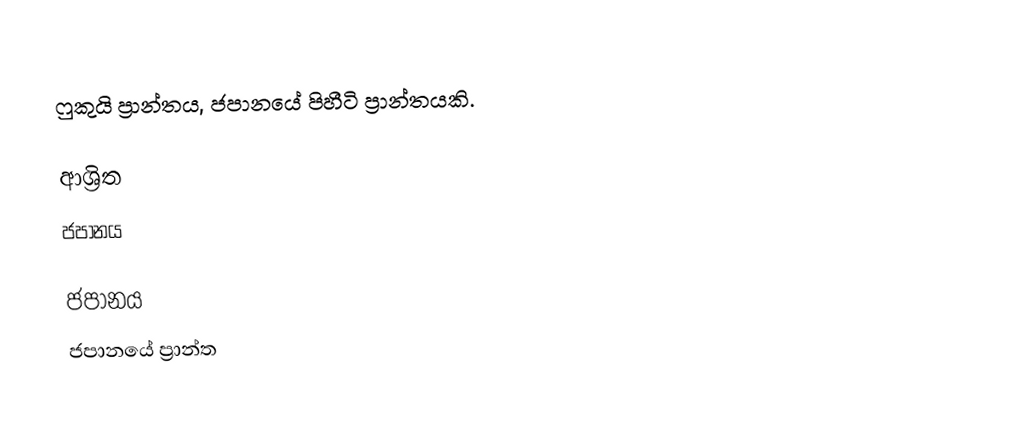
ෆුකුයි ප්‍රාන්තය, ජපානයේ පිහීටි ප්‍රාන්තයකි.

ආශ්‍රිත
 ජපානය

ජපානය
ජපානයේ ප්‍රාන්ත